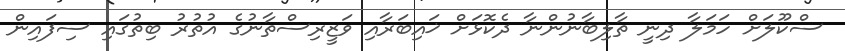
ސްކޫލަށް ހަމަލާ ދިނީ ތާލިބާނުންނާ ދެކޮޅަށް ޚައިބަރާއި ވަޒީރިސްތާނުގެ އުތުރު ބިތުގައި ސިފައިން